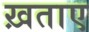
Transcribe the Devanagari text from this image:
ख़ताए